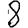
Digit: 8